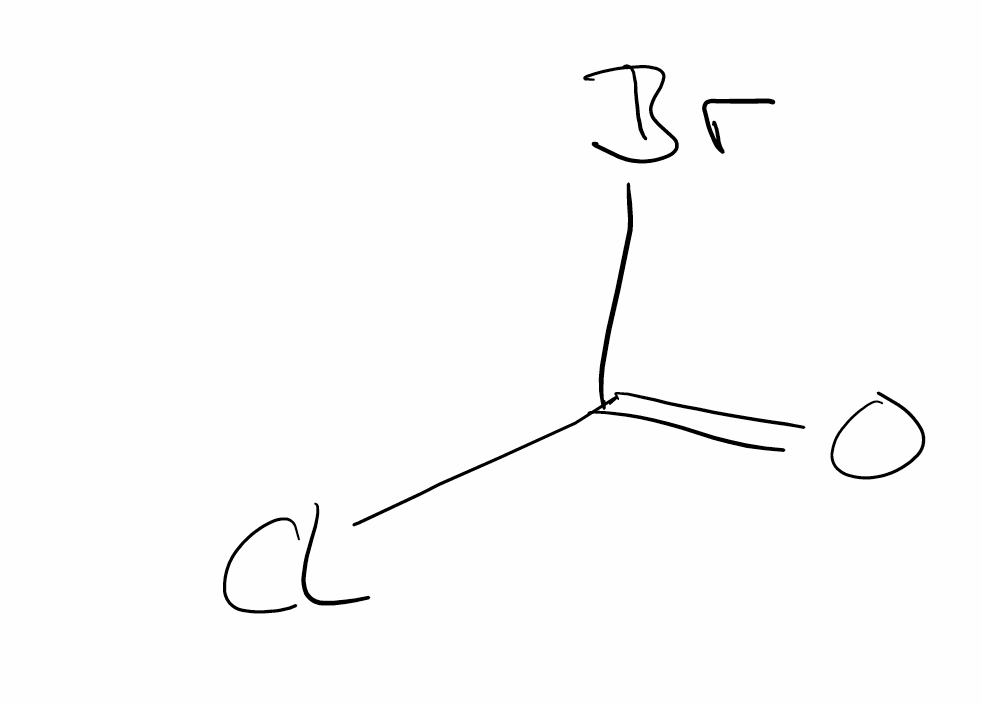
Simplified molecular-input line-entry system (SMILES) notation of the given molecule:
C(=O)(Cl)Br